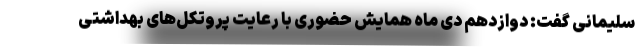
سلیمانی گفت: دوازدهم دی ماه همایش حضوری با رعایت پروتکل‌های بهداشتی